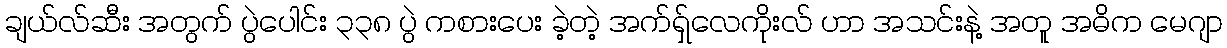
ချယ်လ်ဆီး အတွက် ပွဲပေါင်း ၃၃၈ ပွဲ ကစားပေး ခဲ့တဲ့ အက်ရှ်လေကိုးလ် ဟာ အသင်းနဲ့ အတူ အဓိက မေဂျာ